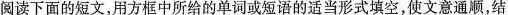
阅读下面的短文,用方框中所给的单词或短语的适当形式填空,使文意通顺,结